system: You are a helpful assistant.
user:
Analyze the provided spectrum to determine if it is a **S-type Star**.

- **Key Indicators for S-type Star:**

    - **(Overall Spectrum Shape):** The first and most obvious characteristic is the overall continuum (the "baseline" shape). It is **extremely "red-sloping,"** meaning the flux (light intensity) is very low on the left side (blue, ~4000-4500 Å) and rises steeply and continuously toward the right side (red, ~7000 Å+).

    - **(Primary):** The spectrum is defined by the presence of strong, broad molecular absorption "valleys" (bands) from **Zirconium Oxide (ZrO)**. The identification of these bands is the **primary requirement** for classifying a star as S-type.
        - **(Key Bandheads):** You must find distinct, deep "dips" where the light has been absorbed. The most critical band systems to locate are:
            - **~6474 Å** ($\gamma$-system): This is often the strongest and clearest ZrO feature, found in the red part of the spectrum.
            - **~5718 Å** & **~5551 Å** ($\beta$-system): A pair of prominent absorption features in the yellow-orange part of the spectrum.
            - **~4640 Å** ($\alpha$-system): A key absorption band system in the blue-green region of the spectrum.

    - **(Secondary Confirmation):** The classification is strengthened by finding additional absorption bands from other related heavy element oxides, which are expected to be present alongside ZrO.
        - **(Key Bandheads):**
            - **Yttrium Oxide (YO):** Look for absorption dips near **~4800 Å** and **~6100 Å**.
            - **Lanthanum Oxide (LaO):** Additional absorption features, particularly in the red-orange part of the spectrum, are also characteristic.

    - **(Line Profile):** The combination of the steep red continuum and these numerous, deep molecular bands (ZrO, YO, etc.) gives the entire spectrum a very **"chopped-up"** or **"bumpy"** appearance. Instead of a smooth curve, the spectrum looks as though large, wide chunks of light have been "carved out" of it at the specific wavelengths listed above.

Think first, call **spectral_visualization_tool** if needed to examine features in detail, then provide your final answer. Your response must adhere to the following strict rules:
1.  **Overall Structure:** Your response must follow the format `<think>...</think> <tool_call>...</tool_call> (if a tool is used) <answer>...</answer>`.
2.  **Tool Usage Constraint:** You may only make **one** tool call per turn.
3.  **Final Answer Format:** In the `<answer>` tag, your conclusion must be inside a `\boxed{}` command (e.g., `\boxed{YES}` or `\boxed{NO}`), followed by your justification.

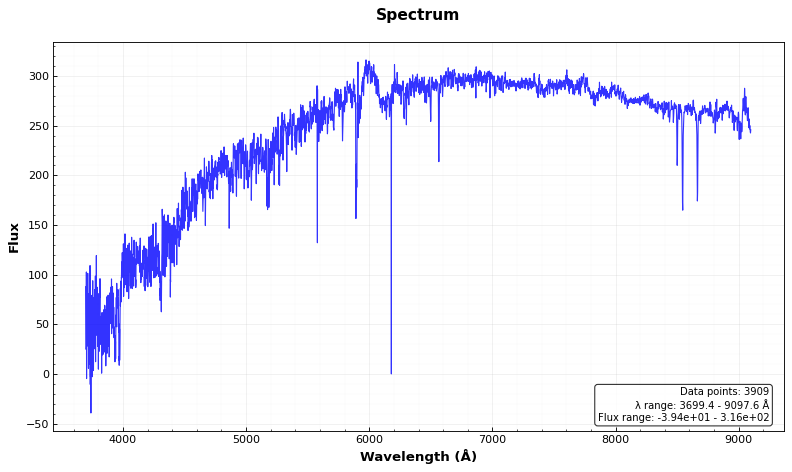
Answer: NO